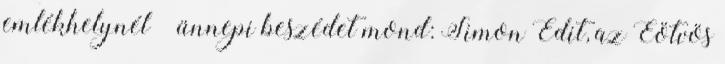
emlékhelynél – ünnepi beszédet mond: Simon Edit, az Eötvös